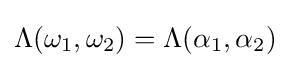
\Lambda (\omega _{1},\omega _{2})=\Lambda (\alpha _{1},\alpha _{2})